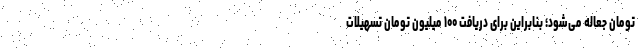
تومان جعاله می‌شود؛ بنابراین برای دریافت ۱۰۰ میلیون تومان تسهیلات